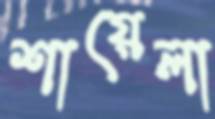
শায়েলা